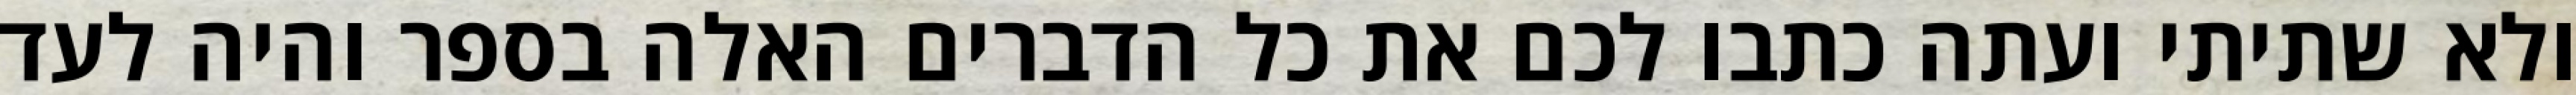
ולא שתיתי ועתה כתבו לכם את כל הדברים האלה בספר והיה לעד